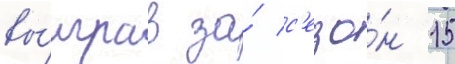
вы́играв за́ с'езо́н 15